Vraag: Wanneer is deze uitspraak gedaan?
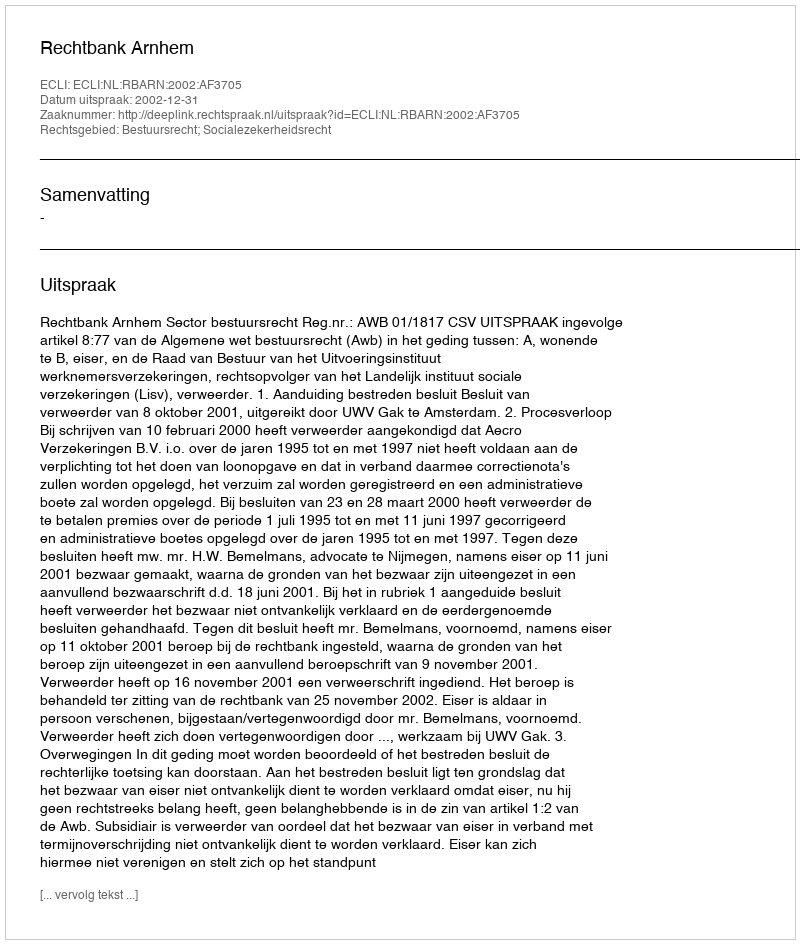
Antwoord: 2002-12-31